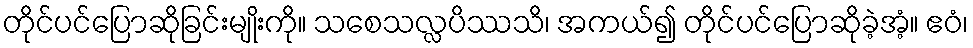
တိုင်ပင်ပြောဆိုခြင်းမျိုးကို။ သစေသလ္လပိဿသိ၊ အကယ်၍ တိုင်ပင်ပြောဆိုခဲ့အံ့။ ဧဝံ၊